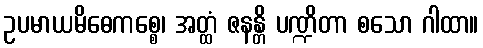
ဥပမာယမိဓေကစ္စေ၊ အတ္ထံ ဇနန္တိ ပဏ္ဍိတာ စသော ဂါထာ။